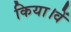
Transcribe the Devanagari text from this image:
किया।वें